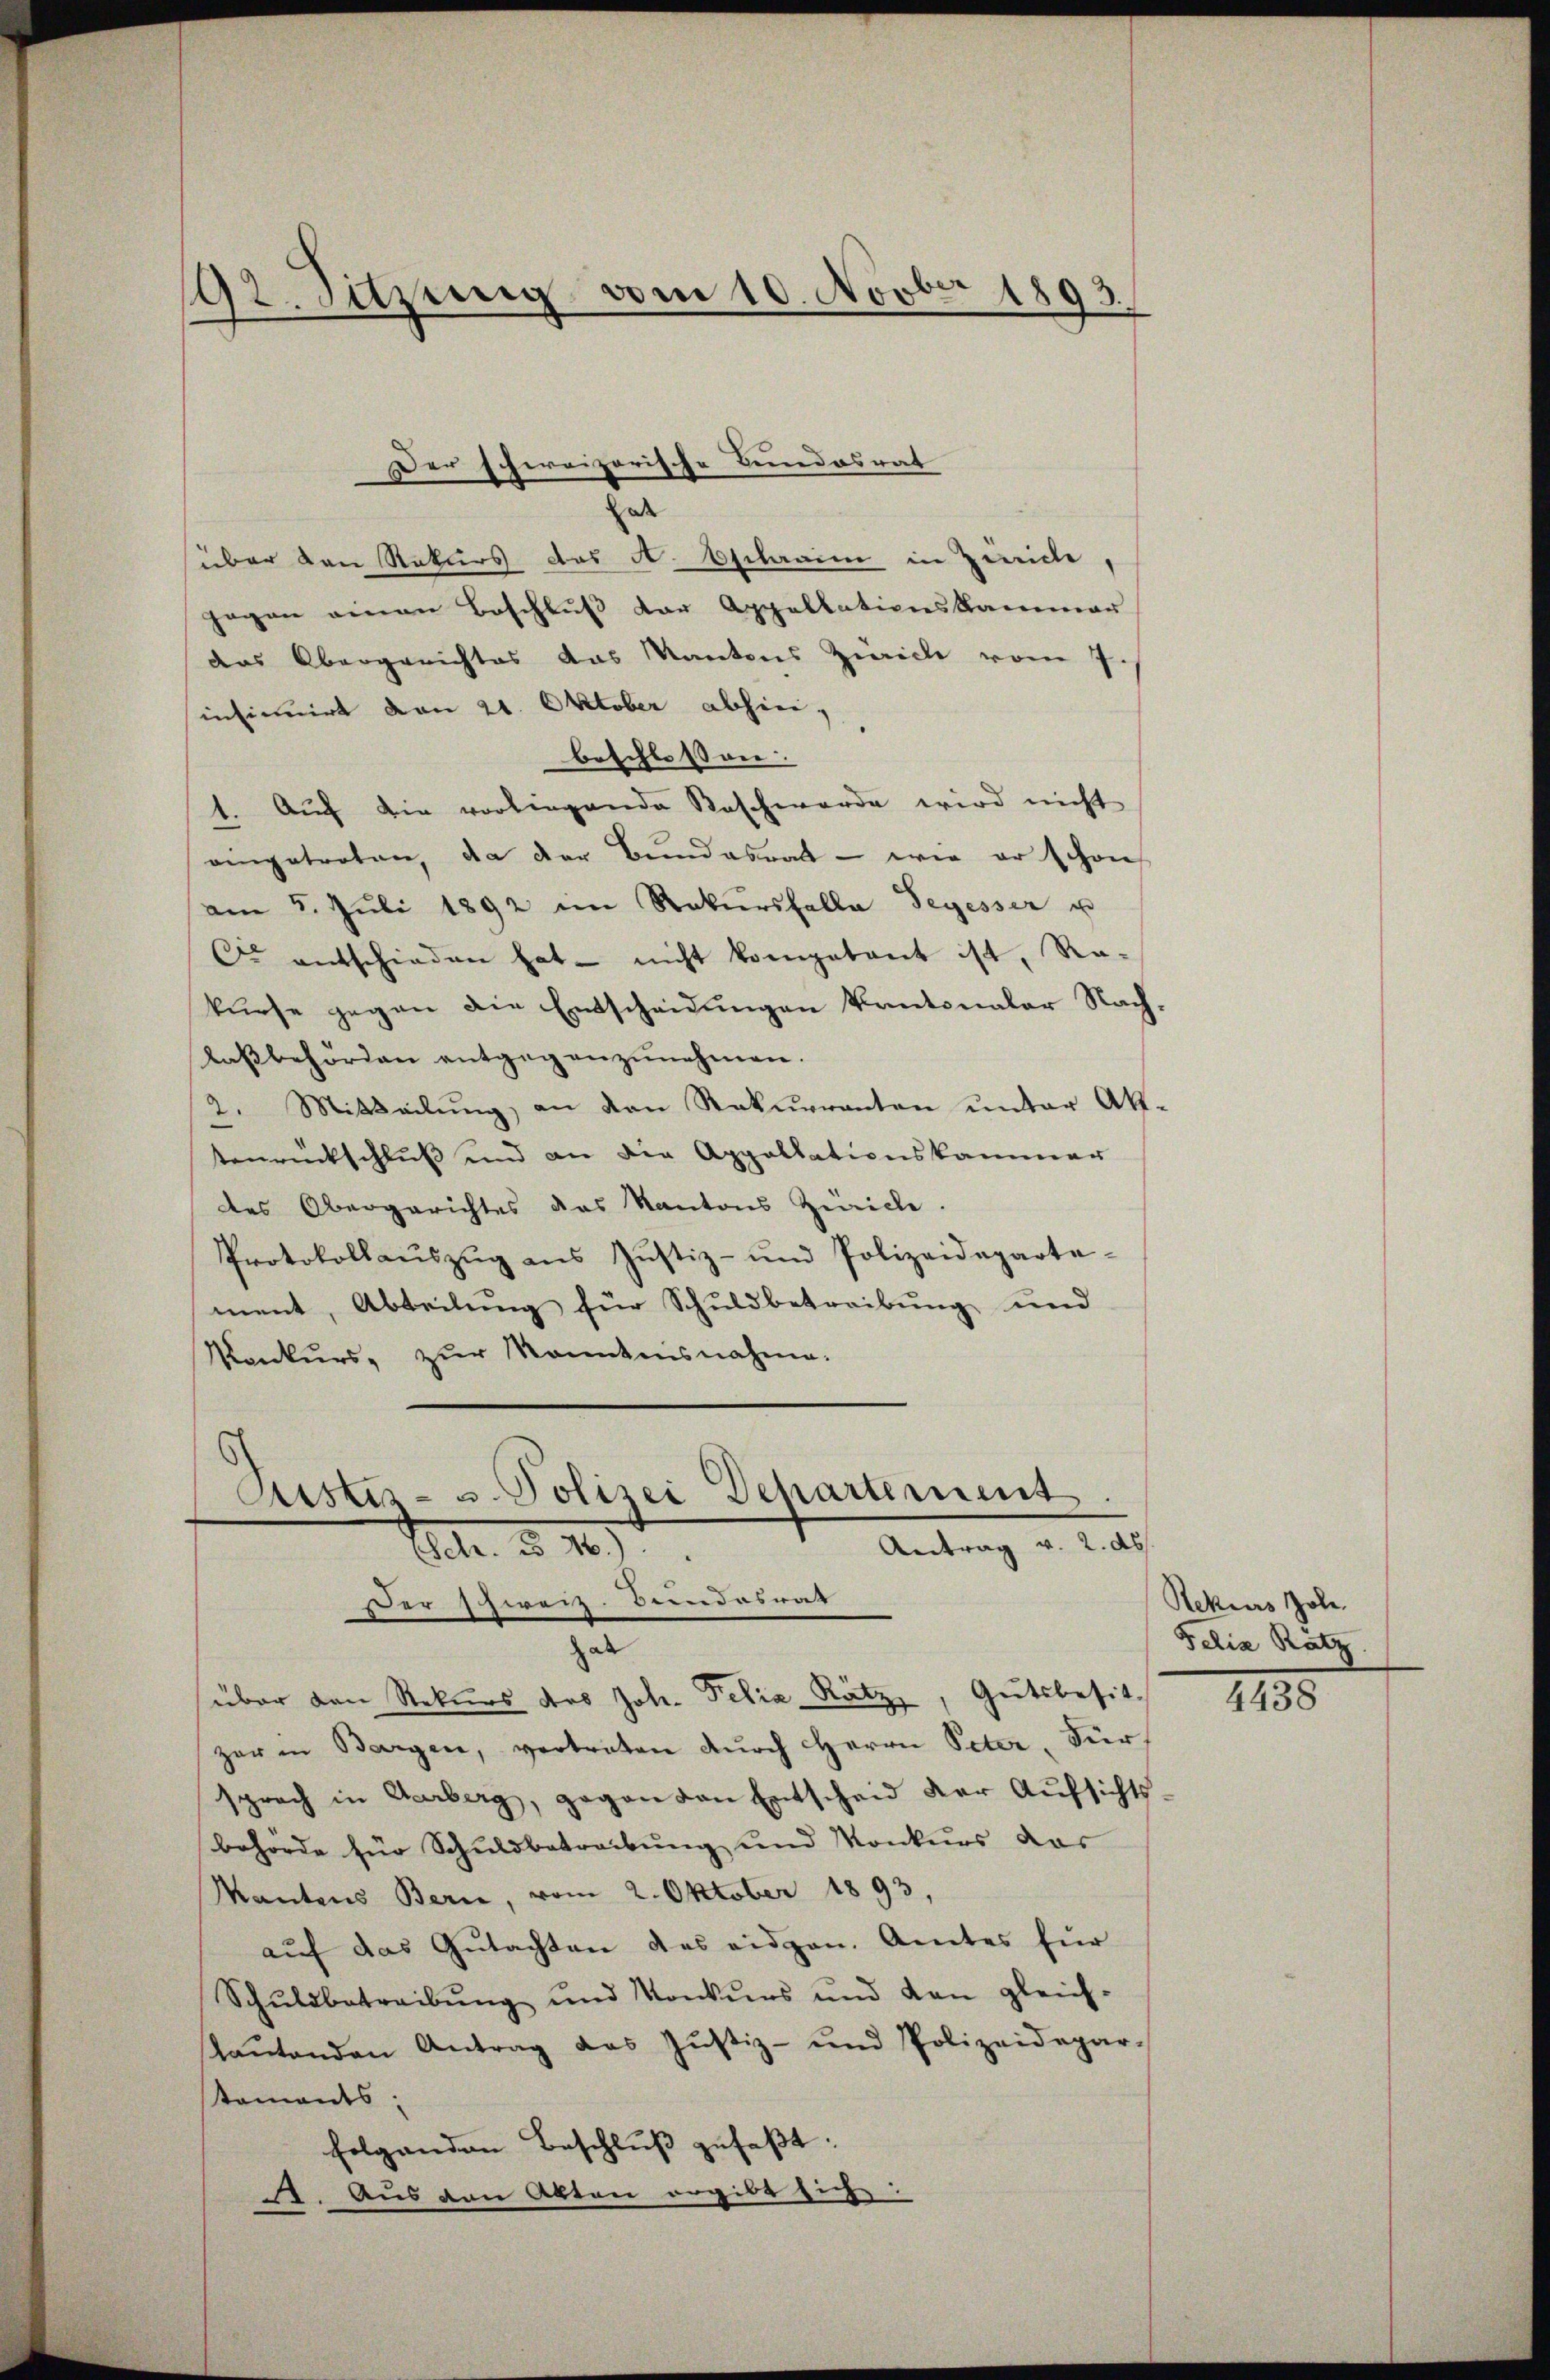
192. Suzung vom 10. Novber 1893.

hat
über den Rekurs das A. Osclarii in Zweide,
gegen einen Beschlŭβ der Appellationskammer
das Obergerichtes das Kantons Zürich vom 7.
insinuirt von 21. Oktober abhiei,
beschlossen.
1. Auch die vorliegende Beschwerde wird nicht
aingetreten, da der Bundesrath - wie er schon
am 5. Jŭli 1892 im Rekŭrsfalle Segesser u
Ci entschieden hat - nicht kompetent ist, Re-
kurse gegen die Entscheidungen kantonaler Nachlaβbehörden entgegenzŭnehmen.
2. Mitteilung, an den Rekurrenten unter Aktenrückschluß und an die Appellationskammer
des Obergerichtes das Kantons Zürich.
Protokollaŭszŭg ans Justiz- und Polizeideparte-
ment, Abteilung für Schuldbetreibung und
Konkurs zŭr Manntnisnahme.

Der schreizerische Bundesrat

Sistiz- u. Polizei Departement
Antrag v. 2. ds
Str. d. 149
Der zweiz. Bundesrat
gab
über den Rekurs des Joh. Pelia Ratz, Gutsbesitz

zer in Bargen, vertreten durch Herrn Peter, Für
sprach in Garberg, gegen den Entscheid der Aŭfsichts-
behörde für Schuldbetreibung und Konkurs das
Mantens Bern, vom 2. Oktober 1893,
auf das Gutachten das eidgen. Amtes für
Schŭldbetreibŭng und Konkurs und dan gleich-
laŭtenden Antrag das Justiz- und Polizeidepar-
staments;
folgenden Beschlŭβ gefaβt:
. Aus den Akten ergibt sich:

Rekurs Joh.
Felia Ratz

4438